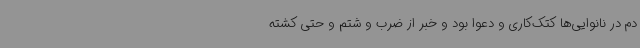
دم در نانوایی‌ها کتک‌کاری و دعوا بود و خبر از ضرب و شتم و حتی کشته